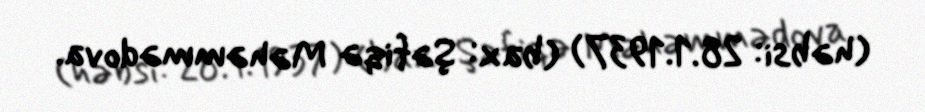
(həbsi: 28.1.1937) (bax: Şəfiqə Məhəmmədova.